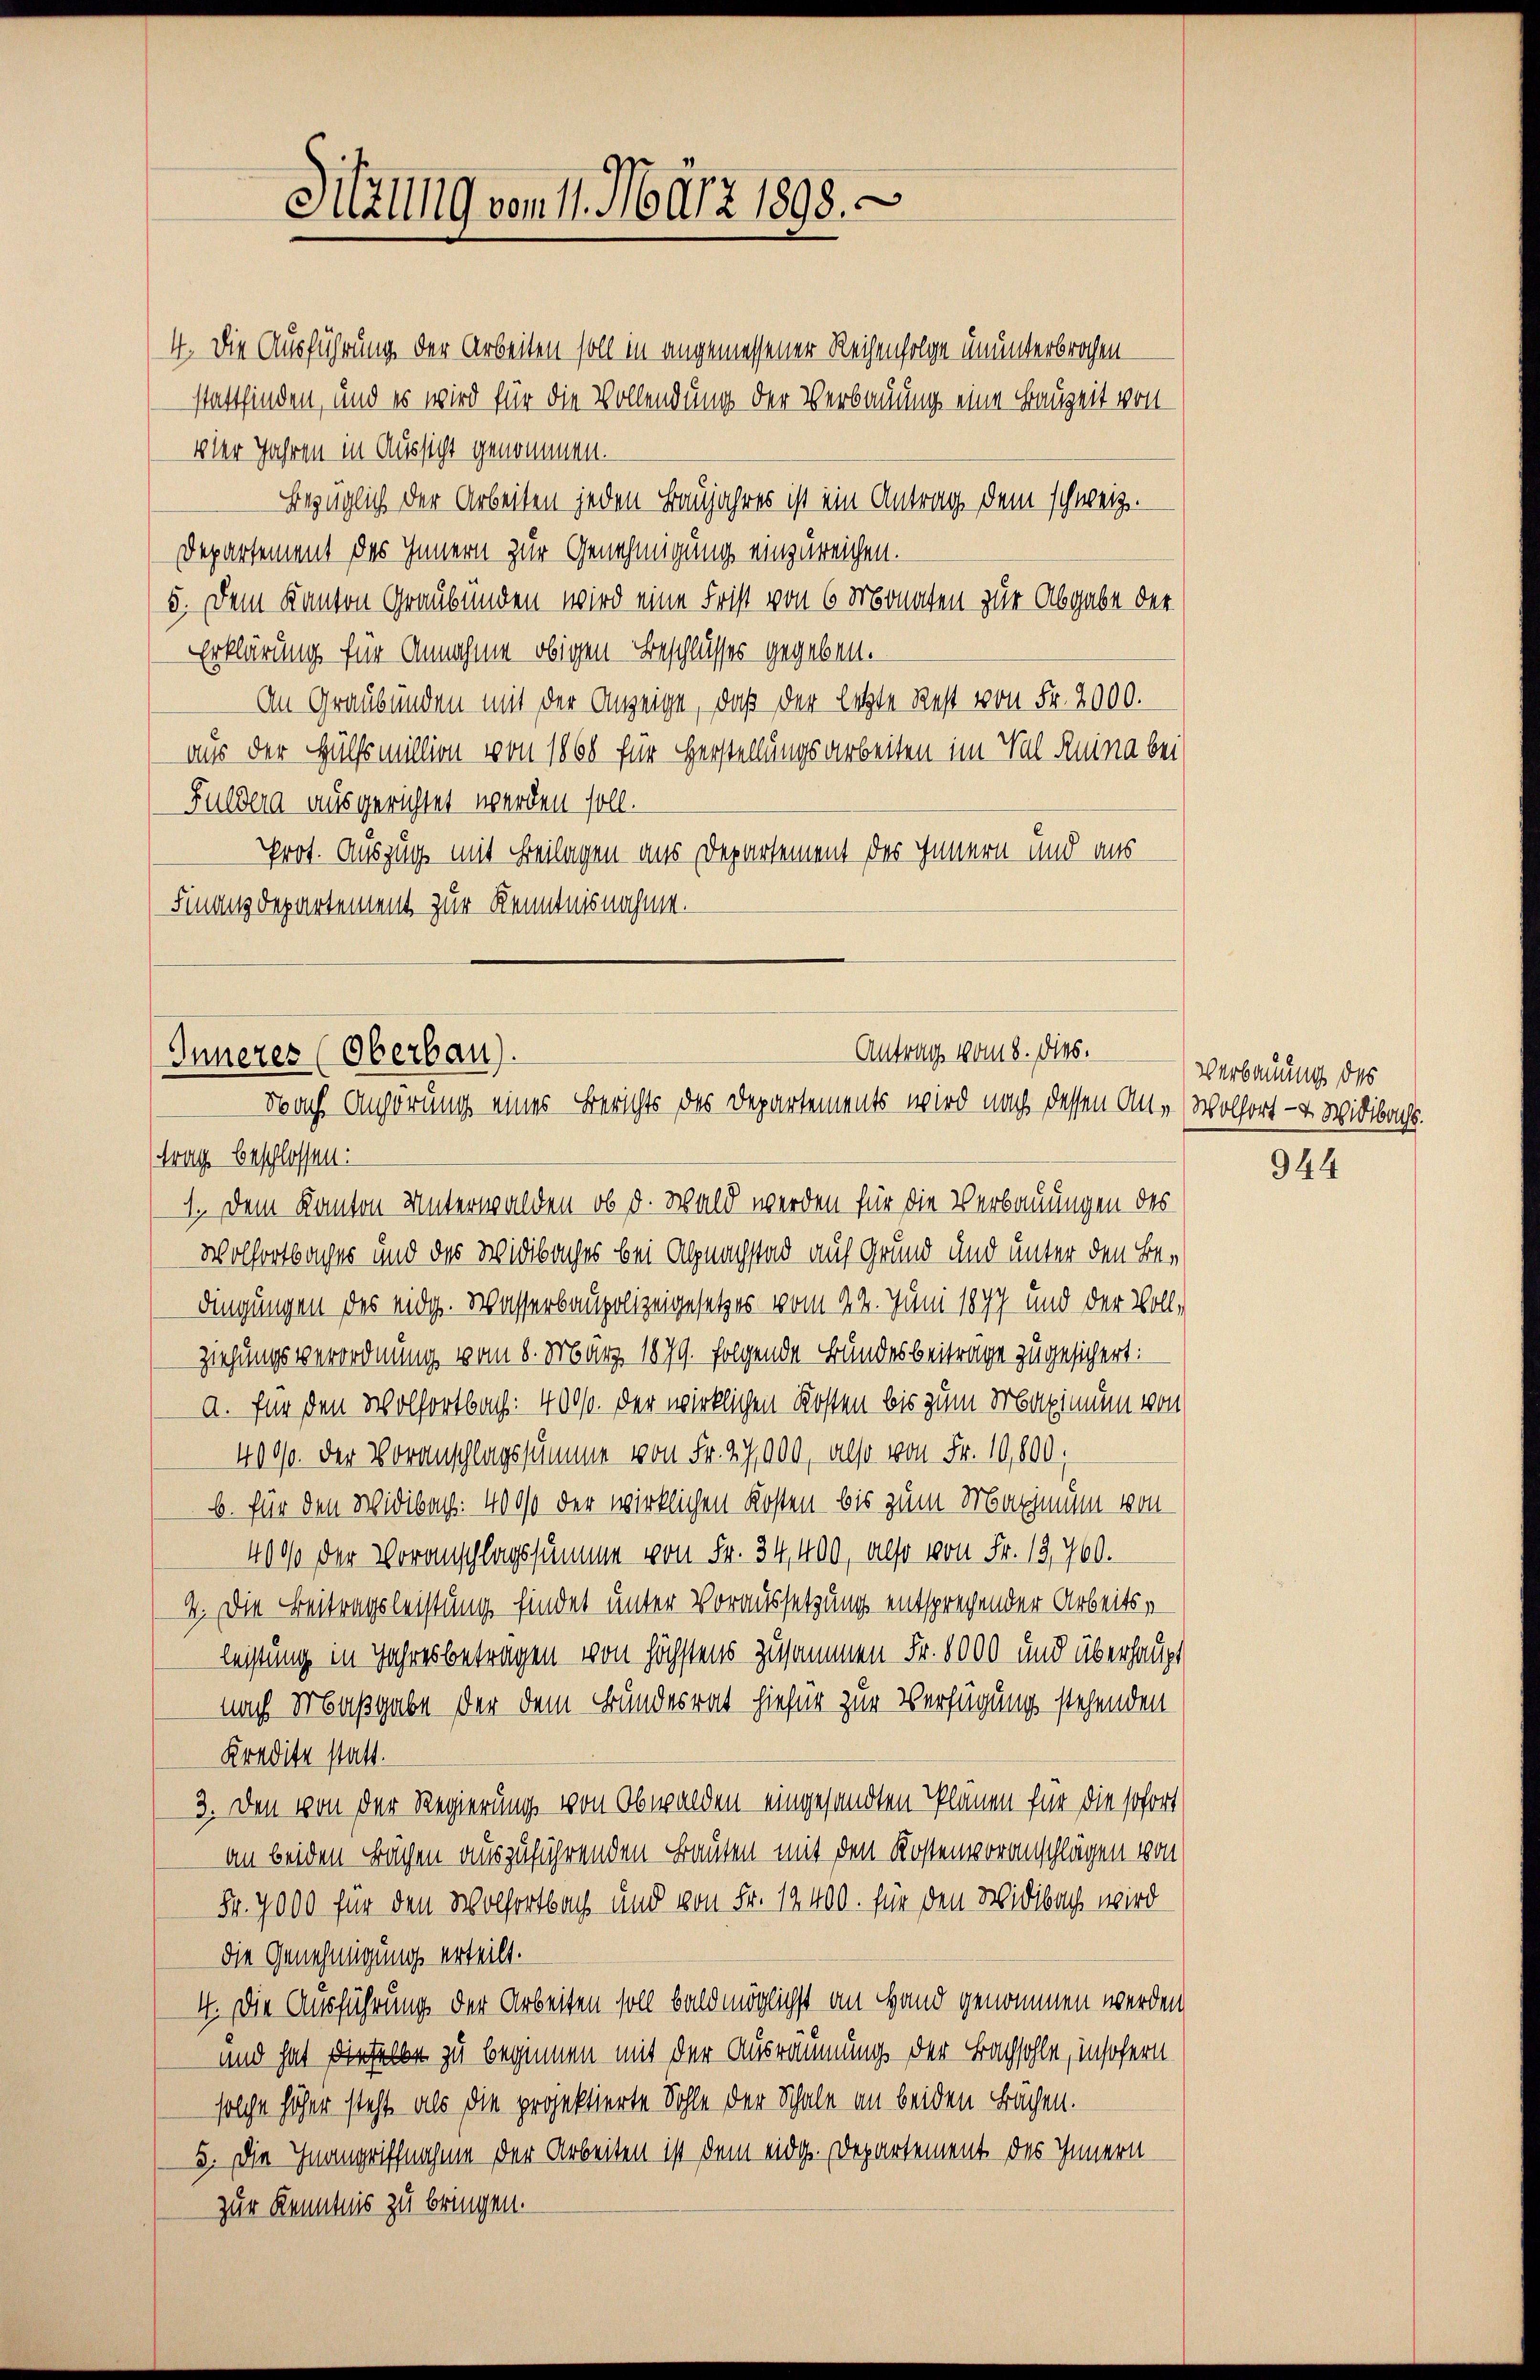
Sitzung vom 11. März 1898.

4. Die Ausführung der Arbeiten soll in angemessener Reihenfolge ununterbrochen
stattfinden, und es wird für die Vollendung der Verbauung eine Bauzeit von
vler Jahren in Aussicht genommen.
Bezüglich der Arbeiten jeden Baujahres ist ein Antrag dem schweiz.
Departement des Innern zur Genehmigung einzureichen.
5. Dem Kanton Graubünden wird eine Frist von 6 Monaten zur Abgabe der
Erklärung für Annahme obigen Beschlusses gegeben.
An Graubünden mit der Anzeige, daß der letzte Rest von Fr. 2000.
aus der Hülfsmillion von 1868 für Herstellungsarbeiten im Val Ruina bei
Fuldena ausgerichtet werden soll.
Prot. Auszug mit Beilagen aus Departement des Innern und aus
Finanzdepartement zur Kenntnisnahme.

Antrag vom 8. ds.
Inneres (Oberbau).
Nach Anhörung eines Berichts des Departements wird nach dessen An- Wolfort- & Weidbachs.

trag beschlossen:
1. Dem Kanton Unterwalden, ob d. Wald werden für die Verbauungen des
Wolfortbaches und des Widbaches bei Alpnachstad auf Grund und unter den Bedingungen des eidg. Wasserbaupolizeigesetzes vom 22. Juni 1877 und der Vollziehungsverordnung vom 8. März 1879 folgende Bundesbeiträge zugesichert:
a. für den Wolfortbach: 400fr. der wirklichen Kosten bis zum Maximum von
4000. der Voranschlagssumme von Fr. 27,900, also von Fr. 10,800,
b. für den Widibach: 4000 der wirklichen Kosten bis zum Maximum von
4000 der Voranschlagssumme von Fr. 34,400, also von Fr. 12,700.
4. Die Beitragsleistung findet unter Voraussetzung entsprechender Arbeitsleistung in Jahresbetragen von höchstens zusammen Fr. 8000 und überhaupt
nach Maßgabe der dem Bundesrat hiefür zur Verfügung stehenden
Kredite statt.
3. Den von der Regierung von Obwalden eingesandten Plänen für die sofort
an beiden Bächen auszuführenden Bauten mit den Kostenvoranschlägen von
Fr. 7000 für den Wolfortbach und von Fr. 19400. für den Widibach wird
die Genehmigung erteilt.
4. Die Ausführung der Arbeiten soll bald möglichst an Hand genommen werden
und hat dieselbe zu beginnen mit der Ausräumung der Bachsohle, insofern
solche höher steht, als die projektierte Sohle der Schale an beiden Bächen.
5. Die Inangriffnahme der Arbeiten ist dem eidg. Departement des Innern
zur Kenntnis zu bringen.

Verbauung des

944